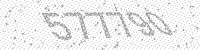
Solution: 577790